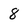
Character: 8